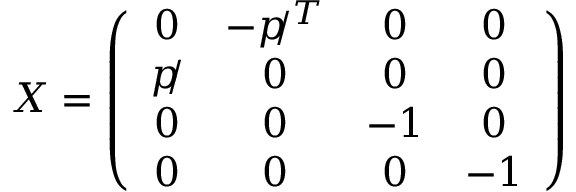
X = \left( \begin{array} { c c c c } { { 0 } } & { { - p \! \! / ^ { T } } } & { { 0 } } & { { 0 } } \\ { { p \! \! / } } & { { 0 } } & { { 0 } } & { { 0 } } \\ { { 0 } } & { { 0 } } & { { - 1 } } & { { 0 } } \\ { { 0 } } & { { 0 } } & { { 0 } } & { { - 1 } } \end{array} \right)